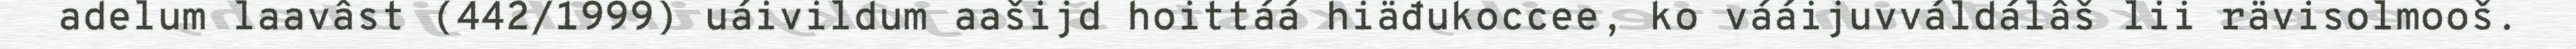
adelum laavâst (442/1999) uáivildum aašijd hoittáá hiäđukoccee, ko vááijuvváldálâš lii rävisolmooš.